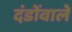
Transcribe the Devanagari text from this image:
दंडोंवाले